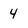
Character: 4